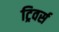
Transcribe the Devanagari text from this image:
ट्रिवर्स